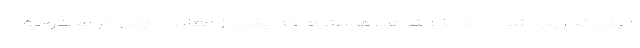
دینی تخریب شود اما حالا شاهد هستیم که یکی از معابد دینی در محدوده